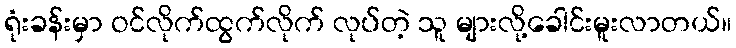
ရုံးခန်းမှာ ဝင်လိုက်ထွက်လိုက် လုပ်တဲ့ သူ များလို့ခေါင်းမူးလာတယ်။